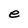
Character: e